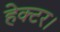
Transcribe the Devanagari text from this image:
हेक्‍टर।